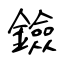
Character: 鐱